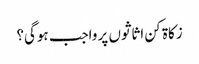
زکاۃ کن اثاثوں پر واجب ہوگی؟